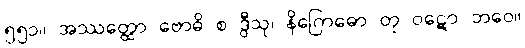
၅၅၁။ အဿတ္ထော ဗောဓိ စ ဒွီသု၊ နိဂြောဓော တု ဝဋော ဘဝေ။